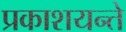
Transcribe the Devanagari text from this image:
प्रकाशयन्ते